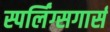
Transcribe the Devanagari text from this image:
स्पर्लिंग्सगार्स